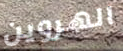
الهروين